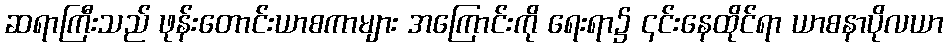
ဆရာကြီးသည် ဖုန်းတောင်းယာစကာများ အကြောင်းကို ရေးရာ၌ ၎င်းနေထိုင်ရာ ယာစနာပိုလယာ